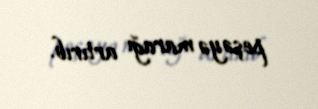
peşəyə marağı artırıb.